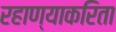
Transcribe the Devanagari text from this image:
रहाण्याकरिता